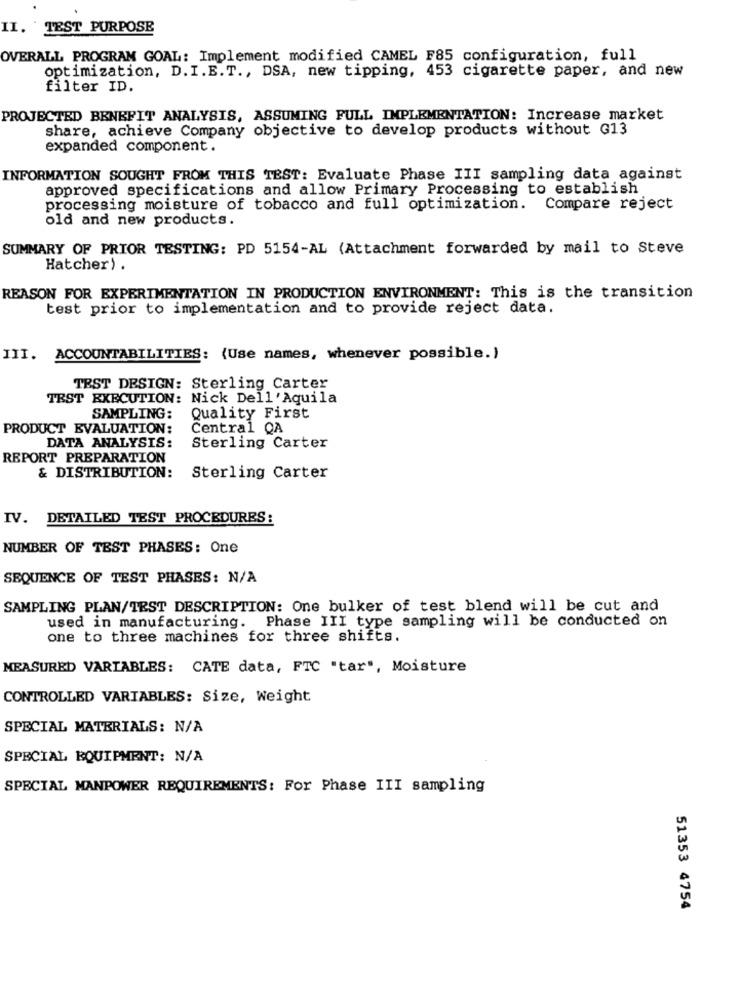
II. TEST PURPOSE
OVERALL PROGRAM GOAL: Implement modified CAMEL F85 configuration, full
optimization, D. I.E.T ., DSA, new tipping, 453 cigarette paper, and new
filter ID.
PROJECTED BENEFIT ANALYSIS, ASSUMING FULL IMPLEMENTATION: Increase market
share, achieve Company objective to develop products without G13
expanded component.
INFORMATION SOUGHT FROM THIS TEST: Evaluate Phase III sampling data against
approved specifications and allow Primary Processing to establish
processing moisture of tobacco and full optimization. Compare reject
old and new products.
SUMMARY OF PRIOR TESTING: PD 5154-AL (Attachment forwarded by mail to Steve
Hatcher) .
REASON FOR EXPERIMENTATION IN PRODUCTION ENVIRONMENT: This is the transition
test prior to implementation and to provide reject data.
III. ACCOUNTABILITIES: (Use names, whenever possible.)
TEST DESIGN: Sterling Carter
TEST EXECUTION: Nick Dell'Aquila
SAMPLING:
Quality First
PRODUCT EVALUATION:
Central QA
DATA ANALYSIS:
Sterling Carter
REPORT PREPARATION
& DISTRIBUTION:
Sterling Carter
IV. DETAILED TEST PROCEDURES:
NUMBER OF TEST PHASES: One
SEQUENCE OF TEST PHASES: N/A
SAMPLING PLAN/TEST DESCRIPTION: One bulker of test blend will be cut and
used in manufacturing. Phase III type sampling will be conducted on
one to three machines for three shifts.
MEASURED VARIABLES: CATE data, FTC "tar", Moisture
CONTROLLED VARIABLES: Size, Weight
SPECIAL MATERIALS: N/A
SPECIAL EQUIPMENT: N/A
SPECIAL MANPOWER REQUIREMENTS: For Phase III sampling
51353 4754